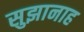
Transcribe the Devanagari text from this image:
सुझानाह